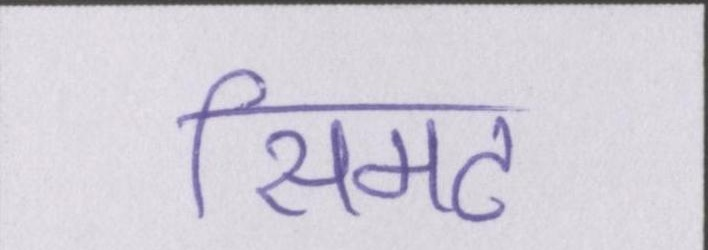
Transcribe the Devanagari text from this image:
सिमट